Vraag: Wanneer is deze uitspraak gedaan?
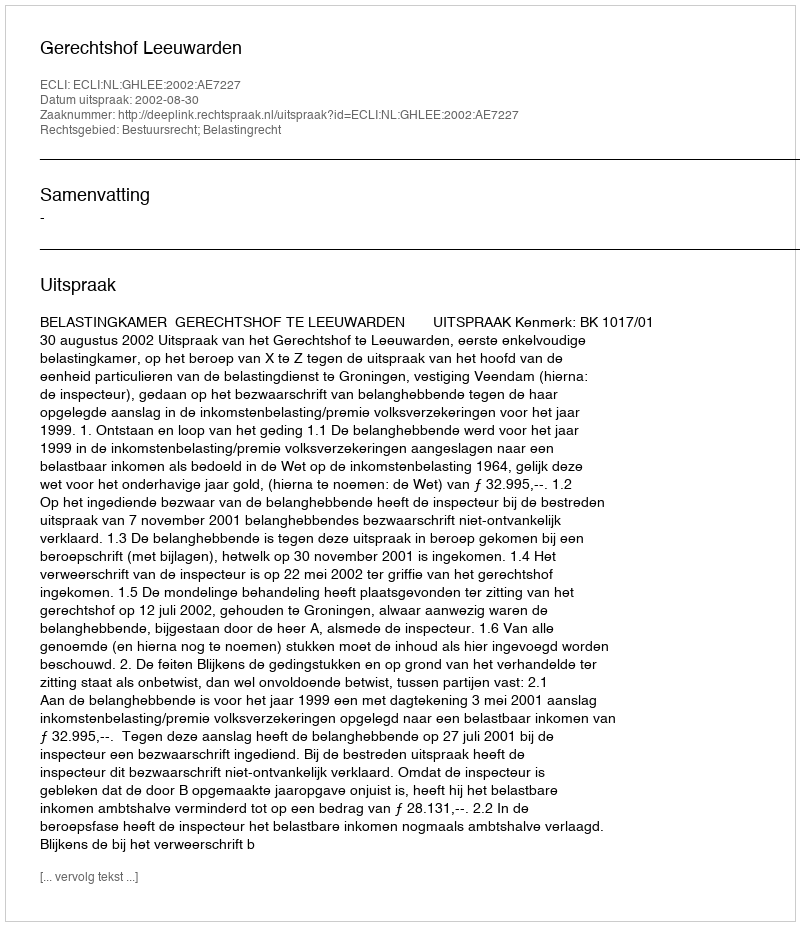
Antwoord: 2002-08-30